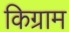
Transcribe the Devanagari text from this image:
किग्राम